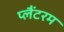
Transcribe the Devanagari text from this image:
प्लैंटरम